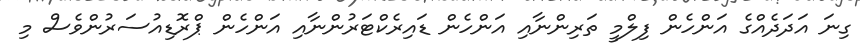
ގިނަ އަދަދެއްގެ އަންހެން ފިލްމީ ތަރިންނާއި އަންހެން ޑައިރެކްޓަރުންނާއި އަންހެން ޕްރޮޑިއުސަރުންވެސް މި